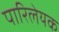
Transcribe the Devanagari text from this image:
पारिलेयक